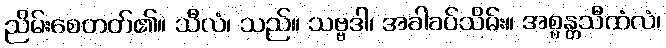
ညိမ်းစေတတ်၏။ သီလံ၊ သည်။ သဗ္ဗဒါ၊ အခါခပ်သိမ်း။ အစ္စန္တသီထံလံ၊